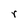
Character: r